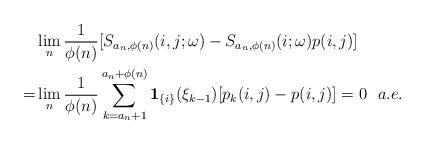
LaTeX: \begin{align*}&\lim_{n}\frac{1}{\phi(n)}[S_{a_n,\phi(n)}(i,j;\omega)-S_{a_n,\phi(n)}(i;\omega)p(i,j)]\\=&\lim_{n}\frac{1}{\phi(n)}\sum_{k=a_n+1}^{a_n+\phi(n)}\mathbf{1}_{\{i\}}(\xi_{k-1})[p_{k}(i,j)-p(i,j)]=0\ \ a.e.\end{align*}